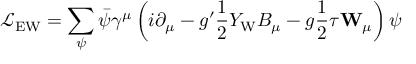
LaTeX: { \mathcal { L } } _ { \mathrm { E W } } = \sum _ { \psi } { \bar { \psi } } \gamma ^ { \mu } \left( i \partial _ { \mu } - g ^ { \prime } { \frac { 1 } { 2 } } Y _ { \mathrm { W } } B _ { \mu } - g { \frac { 1 } { 2 } } { \boldsymbol { \tau } } \mathbf { W } _ { \mu } \right) \psi